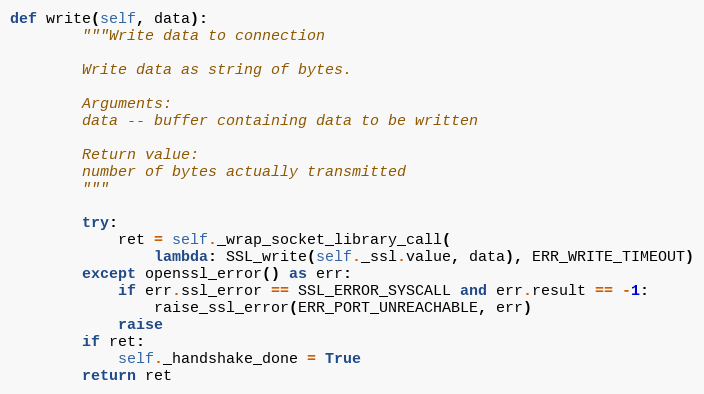
Language: Python
def write(self, data):
        """Write data to connection

        Write data as string of bytes.

        Arguments:
        data -- buffer containing data to be written

        Return value:
        number of bytes actually transmitted
        """

        try:
            ret = self._wrap_socket_library_call(
                lambda: SSL_write(self._ssl.value, data), ERR_WRITE_TIMEOUT)
        except openssl_error() as err:
            if err.ssl_error == SSL_ERROR_SYSCALL and err.result == -1:
                raise_ssl_error(ERR_PORT_UNREACHABLE, err)
            raise
        if ret:
            self._handshake_done = True
        return ret